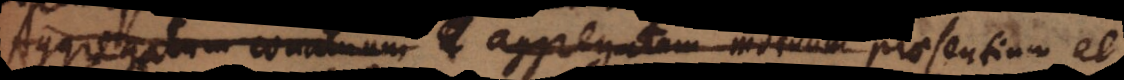
Aggregatum conatuum aggregatum motuum praesentium et